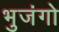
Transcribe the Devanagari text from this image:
भुजंगो